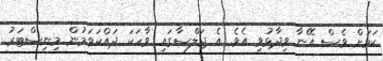
ކަމަށް ވެސް އޭނާ ވިދާޅުވި އެވެ. އެ ޖަލްސާގައި ވާހަކަ ދައްކަވަމުން މިނިސްޓަރު